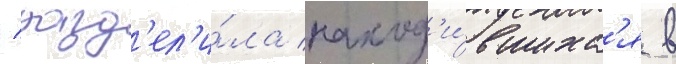
/ разд'ел'и́ла наход'и́вшихс'я в